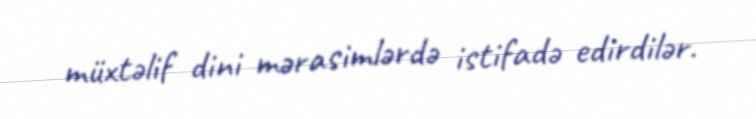
müxtəlif dini mərasimlərdə istifadə edirdilər.